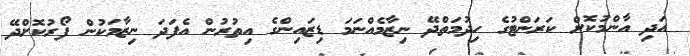
އަދި އާންމުކޮށް ކަރަންޓުގެ ހިދުމަތްދޭ ނިޒާމެއްނަމަ ޑިޒައިންގެ އިތުރުން އެފަދަ ނިޒާމަކުން ފޯރުކޮށްދޭ